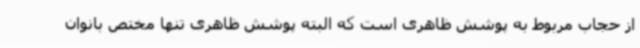
از حجاب مربوط به پوشش ظاهری است که البته پوشش ظاهری تنها مختص بانوان